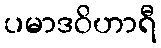
ပမာဒဝိဟာရီ